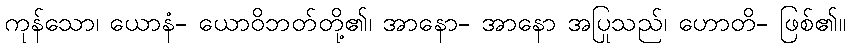
ကုန်သော၊ ယောနံ- ယောဝိဘတ်တို့၏၊ အာနော- အာနော အပြုသည်၊ ဟောတိ- ဖြစ်၏။